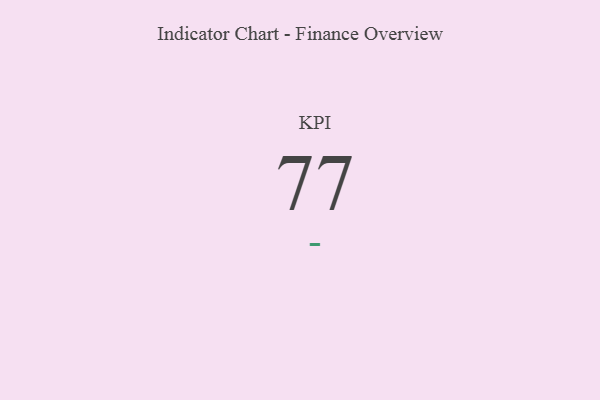
{"axis": {"x": "KPI", "y": "Value"}, "legend": [""], "data": [{"x": "KPI", "y": 77, "type": ""}]}